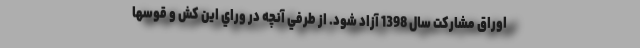
اوراق مشاركت سال 1398 آزاد شود. از طرفي آنچه در وراي اين كش و قوسها